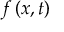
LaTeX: f \left( x , t \right)